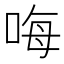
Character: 𠳨